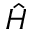
\hat { H }